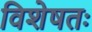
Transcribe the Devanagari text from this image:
विशेषतः